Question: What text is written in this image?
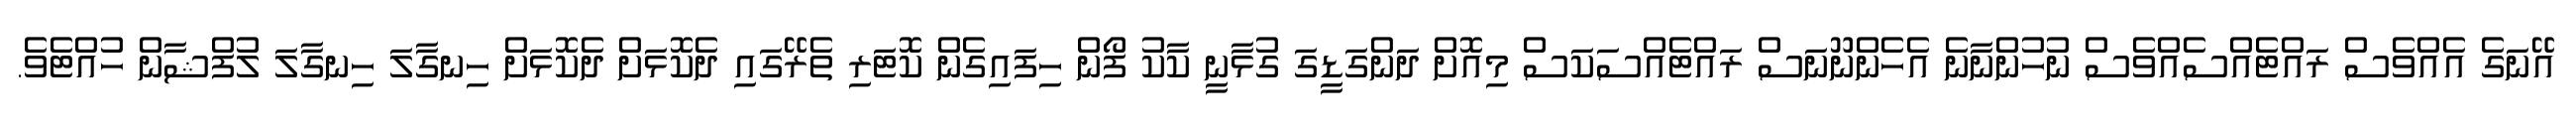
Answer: އޭނަގެ އެއްވެސް ރައްޓެއްސެއްވެސް ނުހުންނާނެ އެހެންނޫނަސް ރައްޓެއްސަކަސް މިއޮށް ދަންގަޑީގަ ގުޅާނީ ކާކު ފޯން ހިފައިގެން ކޮޓަރި ތެރޭގައި ދެކޮޅަށް ދެކޮޅަށް ހިނގާލަ ހިނގާލަ ލުފްޝާން ހުއްޓެވެ.